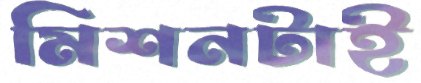
মিশনটাই